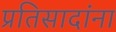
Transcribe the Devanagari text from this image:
प्रतिसादांना